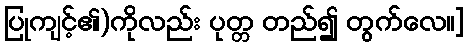
ပြုကျင့်၏)ကိုလည်း ပုတ္တ တည်၍ တွက်လေ။]